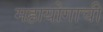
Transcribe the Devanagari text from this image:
महायोगाची